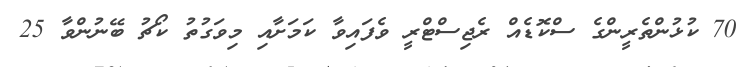
70 ކުޅުންތެރީންގެ ސްކޮޑެއް ރެޖިސްޓްރީ ވެފައިވާ ކަމަށާއި މިވަގުތު ކޯޗު ބޭނުންވާ 25